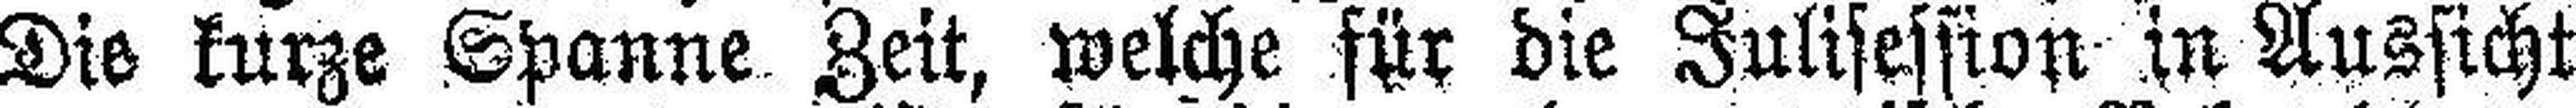
Die kurze Spanne Zeit, welche für die Julisession in Aussicht